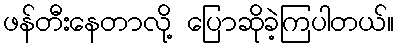
ဖန်တီးနေတာလို့ ပြောဆိုခဲ့ကြပါတယ်။